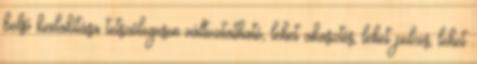
belső kialakítása tetszőlegesen változtatható, lehet akasztós, lehet polcos, lehet